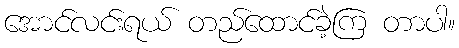
အောင်လင်းရယ် တည်ထောင်ခဲ့ကြ တာပါ။